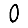
Digit: 0